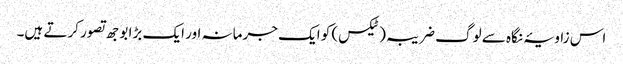
اس زاویۂ نگاہ سے لوگ ضریبہ(ٹیکس) کو ایک جرمانہ اور ایک بڑا بوجھ تصور کرتے ہیں۔